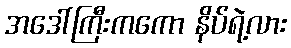
အဒေါ်ကြီးကကော နိပ်ရဲ့လား